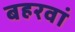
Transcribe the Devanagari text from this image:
बहरवां